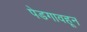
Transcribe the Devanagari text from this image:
पेडगावहून